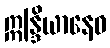
ဣန္ဒြိယာနေဝ